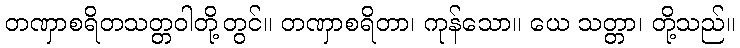
တဏှာစရိတသတ္တဝါတို့တွင်။ တဏှာစရိတာ၊ ကုန်သော။ ယေ သတ္တာ၊ တို့သည်။